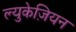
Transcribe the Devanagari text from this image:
ल्युकेज़ियन